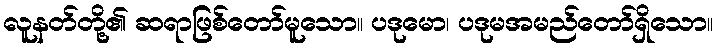
လူနတ်တို့၏ ဆရာဖြစ်တော်မူသော။ ပဒုမော၊ ပဒုမအမည်တော်ရှိသော။